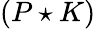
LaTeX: (P\star K)